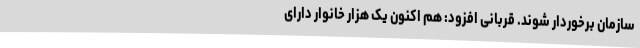
سازمان برخوردار شوند. قربانی افزود: هم اکنون یک هزار خانوار دارای